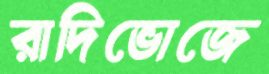
রাদিভোজে